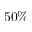
5 0 \%